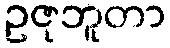
ဥဇုဘူတာ